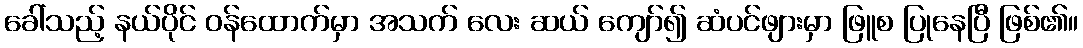
ခေါ်သည့် နယ်ပိုင် ဝန်ထောက်မှာ အသက် လေး ဆယ် ကျော်၍ ဆံပင်ဖျားမှာ ဖြူစ ပြုနေပြီ ဖြစ်၏။